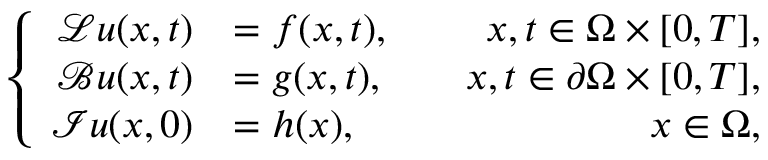
\left\{ \begin{array} { r l r } { \mathcal { L } \boldsymbol { u } ( \boldsymbol { x } , t ) } & { = \boldsymbol { f } ( \boldsymbol { x } , t ) , } & { \quad \boldsymbol { x } , t \in \Omega \times [ 0 , T ] , } \\ { \mathcal { B } \boldsymbol { u } ( \boldsymbol { x } , t ) } & { = \boldsymbol { g } ( \boldsymbol { x } , t ) , } & { \quad \boldsymbol { x } , t \in \partial \Omega \times [ 0 , T ] , } \\ { \mathcal { I } \boldsymbol { u } ( \boldsymbol { x } , 0 ) } & { = \boldsymbol { h } ( \boldsymbol { x } ) , } & { \quad \boldsymbol { x } \in \Omega , } \end{array} \right.